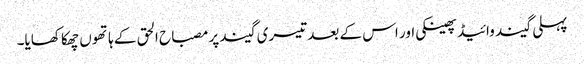
پہلی گیند وائیڈ پھینکی اور اس کے بعد تیسری گیند پر مصباح الحق کے ہاتھوں چھکا کھایا۔